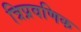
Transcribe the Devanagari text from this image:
त्रिप्रवणिक